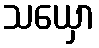
သယှော